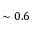
\sim 0 . 6